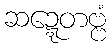
ဆဍ္ဍေတဗ္ဗံ